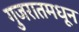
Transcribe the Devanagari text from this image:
गुजरातमधून